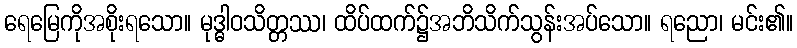
ရေမြေကိုအစိုးရသော။ မုဒ္ဓါဝသိတ္တဿ၊ ထိပ်ထက်၌အဘိသိက်သွန်းအပ်သော။ ရညော၊ မင်း၏။